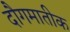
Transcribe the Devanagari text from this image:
दौगमातीक